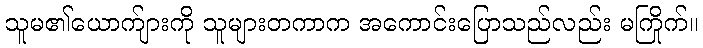
သူမ၏ယောက်ျားကို သူများတကာက အကောင်းပြောသည်လည်း မကြိုက်။